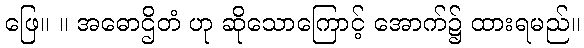
ဖြေ။ ။ အဓောဌိတံ ဟု ဆိုသောကြောင့် အောက်၌ ထားရမည်။